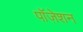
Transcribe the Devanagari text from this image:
पॉज़ेशन